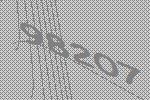
98207